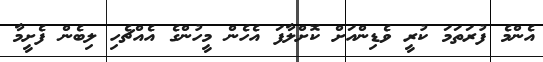
އެންމެ ފުރަތަމަ ކުރީ ވެޑިންއަށް ކޮށްލާފަ އެހެން މީހުންގެ އެއްޗެހި ލިބެން ފެށީމާ